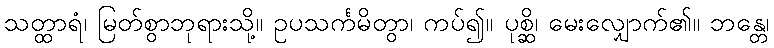
သတ္ထာရံ၊ မြတ်စွာဘုရားသို့။ ဥပသင်္ကမိတွာ၊ ကပ်၍။ ပုစ္ဆိ၊ မေးလျှောက်၏။ ဘန္တေ၊